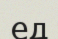
ед